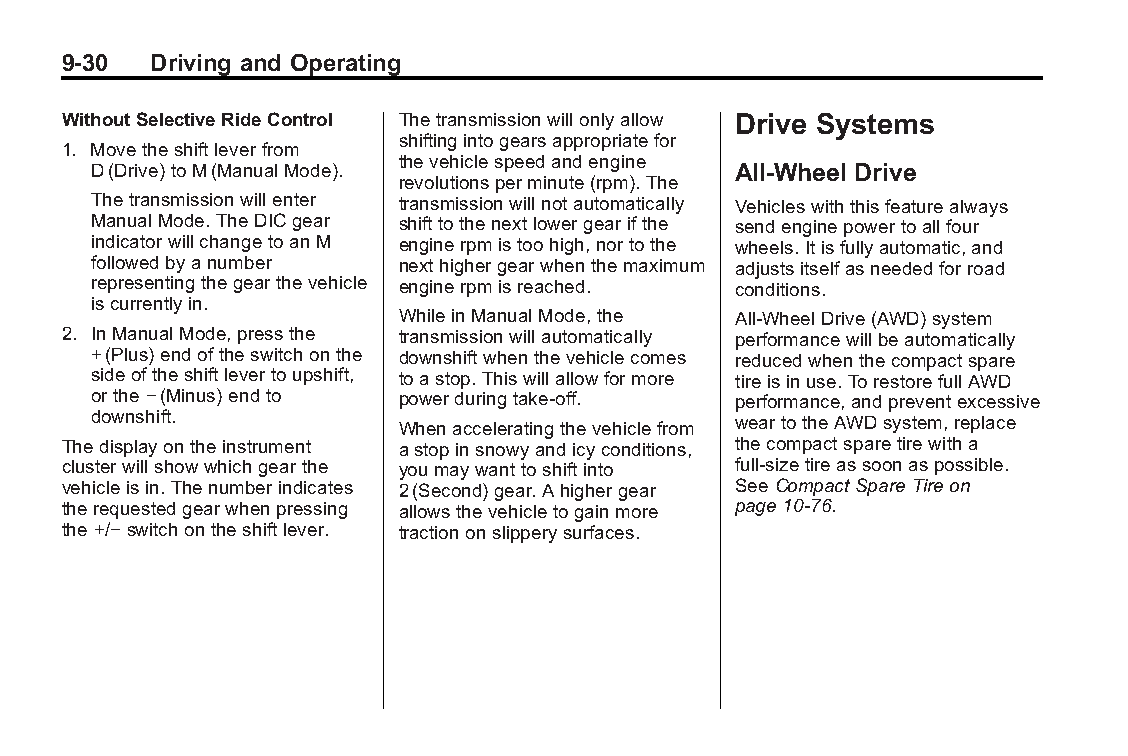
Buick LaCrosse Owner Manual (GMNA-Localizing-U.S./Canada/Mexico- Blackplate(30,1)
 6043609)-2014-2ndEdition-10/17/13
 9-30  Driving and Operating
 WithoutSelectiveRideControl Thetransmissionwillonlyallow Drive Systems
 shiftingintogearsappropriatefor
 1. Movetheshiftleverfrom
 thevehiclespeedandengine
 D(Drive)toM(ManualMode).                  All-Wheel Drive
 revolutionsperminute(rpm).The
 Thetransmissionwillenter transmissionwillnotautomatically Vehicleswiththisfeaturealways
 ManualMode.TheDICgear shifttothenextlowergearifthe sendenginepowertoallfour
 indicatorwillchangetoanM enginerpmistoohigh,nortothe wheels.Itisfullyautomatic,and
 followedbyanumber   nexthighergearwhenthemaximum adjustsitselfasneededforroad
 representingthegearthevehicle enginerpmisreached. conditions.
 iscurrentlyin.
 WhileinManualMode,the All-WheelDrive(AWD)system
 2. InManualMode,pressthe transmissionwillautomatically performancewillbeautomatically
 +(Plus)endoftheswitchonthe downshiftwhenthevehiclecomes reducedwhenthecompactspare
 sideoftheshiftlevertoupshift, toastop.Thiswillallowformore tireisinuse.TorestorefullAWD
 orthe−(Minus)endto  powerduringtake-off.  performance,andpreventexcessive
 downshift.          Whenacceleratingthevehiclefrom weartotheAWDsystem,replace
 Thedisplayontheinstrument astopinsnowyandicyconditions, thecompactsparetirewitha
 clusterwillshowwhichgearthe youmaywanttoshiftinto full-sizetireassoonaspossible.
 vehicleisin.Thenumberindicates 2(Second)gear.Ahighergear SeeCompactSpareTireon
 therequestedgearwhenpressing allowsthevehicletogainmore page10-76.
 the+/−switchontheshiftlever. tractiononslipperysurfaces.